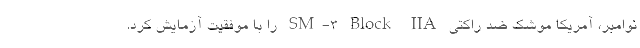
نوامبر، آمریکا موشک ضد راکتی SM-۳ Block IIA را با موفقیت آزمایش کرد.